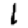
Digit: 1